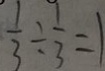
\frac { 1 } { 3 } \div \frac { 1 } { 3 } = 1